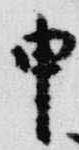
申